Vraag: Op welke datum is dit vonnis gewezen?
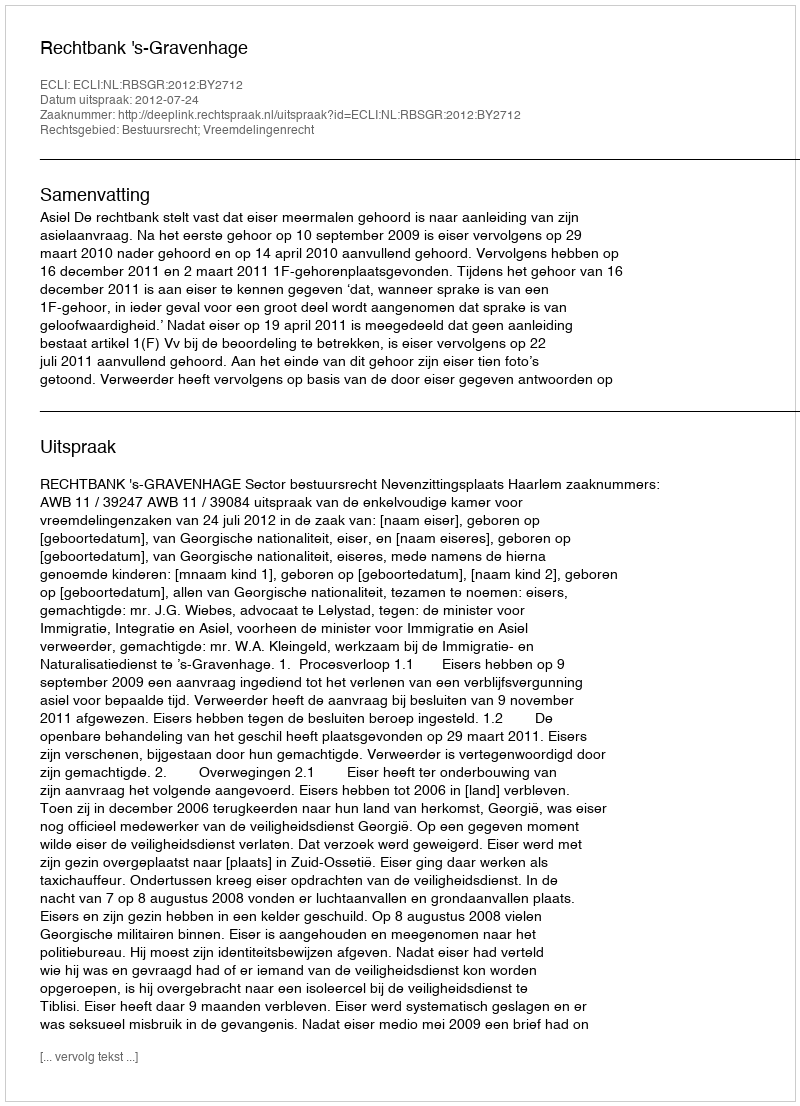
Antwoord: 2012-07-24